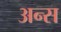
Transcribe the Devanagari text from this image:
अन्स